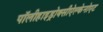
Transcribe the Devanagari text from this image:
पॉलीहाइड्रोक्सीऐल्केनोएट